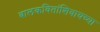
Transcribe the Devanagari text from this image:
बालकवितांशिवायच्या